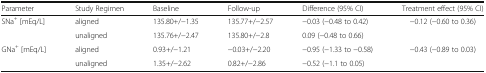
| Parameter | Study Regimen | Baseline | Follow-up | Difference (95% CI) | Treatment effect (95% CI) |
 | --- | --- | --- | --- | --- | --- |
 | <ROWSPAN=2> SNa+ [mEq/L] | aligned | 135.80+/−1.35 | 135.77+/−2.57 | −0.03 (−0.48 to 0.42) | <ROWSPAN=2> −0.12 (−0.60 to 0.36) |
 | unaligned | 135.76+/−2.47 | 135.80+/−2.8 | 0.09 (−0.48 to 0.66) |
 | <ROWSPAN=2> GNa+ [mEq/L] | aligned | 0.93+/−1.21 | −0.03+/−2.20 | −0.95 (−1.33 to −0.58) | <ROWSPAN=2> −0.43 (−0.89 to 0.03) |
 | unaligned | 1.35+/−2.62 | 0.82+/−2.86 | −0.52 (−1.1 to 0.05) |